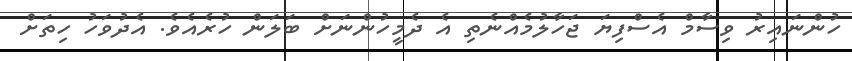
ހުންނައިރު ވިސާމް އެސްފިޔަ ޖަހާލުމެއްނެތި އެ ދެމީހުންނަށް ބަލަން ހުރެއެވެ. އެދުވަހު ހިތަށް